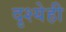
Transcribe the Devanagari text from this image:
दृश्येही